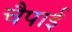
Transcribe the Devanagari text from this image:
चैपाई